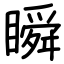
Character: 瞬